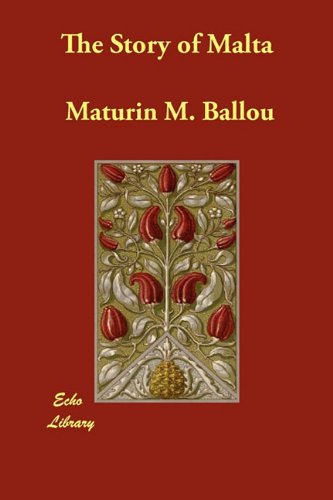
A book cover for The Story of Malta; Maturin M. Ballou; Travel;